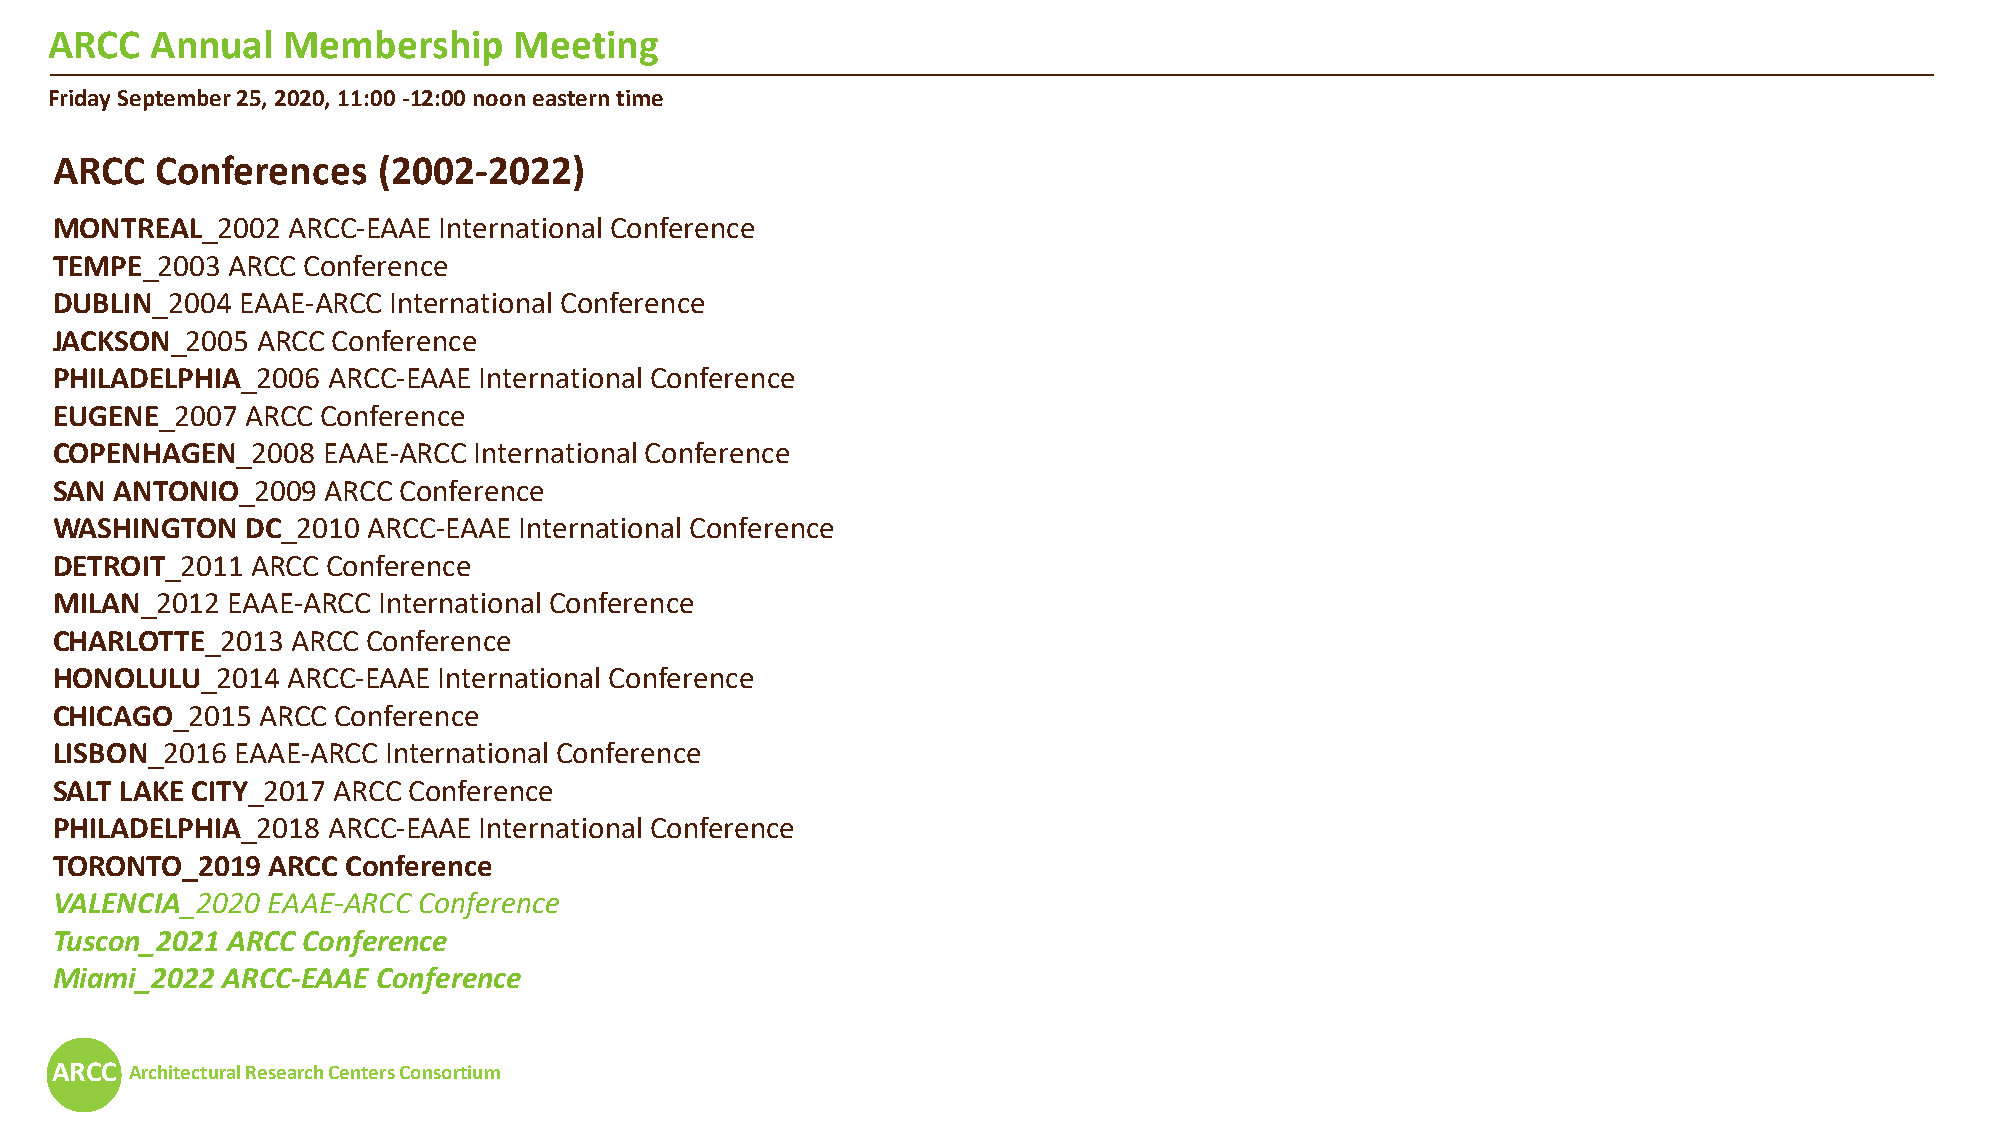
ARCC   Annual   Membership     Meeting
 Friday September 25, 2020, 11:00 -12:00 noon eastern time
 ARCC   Conferences    (2002-2022)
 MONTREAL_2002   ARCC-EAAE International Conference
 TEMPE_2003  ARCC Conference
 DUBLIN_2004  EAAE-ARCC International Conference
 JACKSON_2005  ARCC Conference
 PHILADELPHIA_2006  ARCC-EAAE International Conference
 EUGENE_2007  ARCC Conference
 COPENHAGEN_2008   EAAE-ARCC International Conference
 SAN  ANTONIO_2009  ARCC Conference
 WASHINGTON   DC_2010 ARCC-EAAE International Conference
 DETROIT_2011  ARCC Conference
 MILAN_2012  EAAE-ARCC International Conference
 CHARLOTTE_2013  ARCC Conference
 HONOLULU_2014   ARCC-EAAE International Conference
 CHICAGO_2015  ARCC Conference
 LISBON_2016  EAAE-ARCC International Conference
 SALT LAKE CITY_2017 ARCC Conference
 PHILADELPHIA_2018  ARCC-EAAE International Conference
 TORONTO_2019   ARCC Conference
 VALENCIA_2020  EAAE-ARCC Conference
 Tuscon_2021 ARCC Conference
 Miami_2022  ARCC-EAAE Conference
 ARCC  Architectural Research Centers Consortium